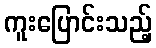
ကူးပြောင်းသည့်